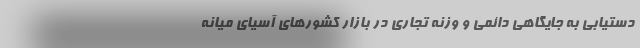
دستیابی به جایگاهی دائمی و وزنه تجاری در بازار کشورهای آسیای میانه